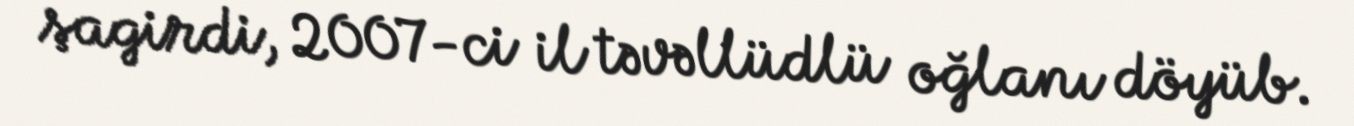
şagirdi, 2007-ci il təvəllüdlü oğlanı döyüb.